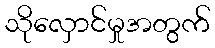
သိုလှောင်မှုအတွက်